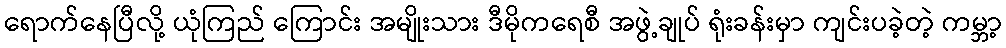
ရောက်နေပြီလို့ ယုံကြည် ကြောင်း အမျိုးသား ဒီမိုကရေစီ အဖွဲ့ချုပ် ရုံးခန်းမှာ ကျင်းပခဲ့တဲ့ ကမ္ဘာ့